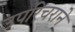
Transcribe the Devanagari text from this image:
उपरिचराने